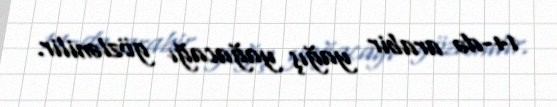
14-də arabir yağış yağacağı gözlənilir.